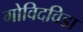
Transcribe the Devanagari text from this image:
गोविदविडा